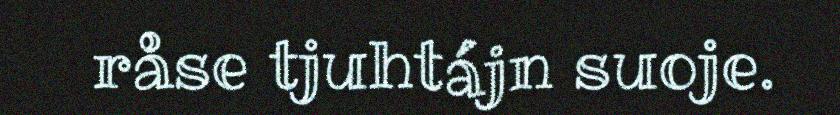
råse tjuhtájn suoje.